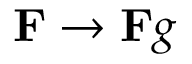
\mathbf { F } \rightarrow \mathbf { F } g